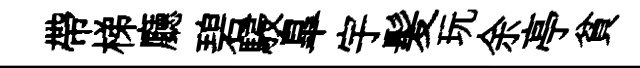
帶梯廳碧駸臯宇髪玩余亭貧